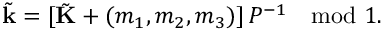
\tilde { \mathbf { k } } = [ \tilde { \mathbf { K } } + ( m _ { 1 } , m _ { 2 } , m _ { 3 } ) ] \, P ^ { - 1 } \mod 1 .